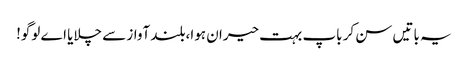
یہ باتیں سن کر باپ بہت حیران ہوا،بلند آواز سے چلایا اے لوگو!